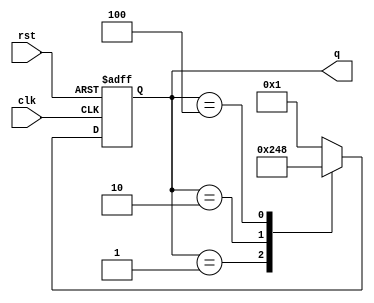
module johnson_counter (
    input clk,
    input rst,
    output reg [3:0] q
);

reg [3:0] next_state;

always @(posedge clk or posedge rst) begin
    if(rst) begin
        q <= 4'b0001;
    end else begin
        q <= next_state;
    end
end

always @* begin
    case(q)
        4'b0001: next_state = 4'b0010;
        4'b0010: next_state = 4'b0100;
        4'b0100: next_state = 4'b1000;
        4'b1000: next_state = 4'b0001;
        default: next_state = 4'b0001;
    endcase
end

endmodule